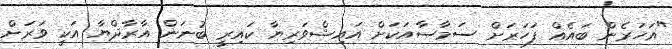
"އަހަރެން ބައެއް ފަހަރަށް ސަމާސާއަކަށް އައިޝްވަރިޔާ ކައިރީ ބުނަން އާރާދްޔާ އަކީ ވަރަށް